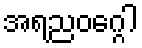
အရညဝဂ္ဂေါ